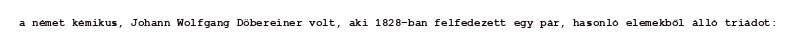
a német kémikus, Johann Wolfgang Döbereiner volt, aki 1828-ban felfedezett egy pár, hasonló elemekből álló triádot: